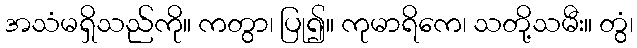
အသံမရှိသည်ကို။ ကတွာ၊ ပြု၍။ ကုမာရိကေ၊ သတို့သမီး။ တွံ၊